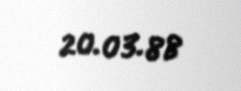
20.03.88